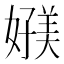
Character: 𰌗